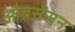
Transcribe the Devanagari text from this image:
औबसेंसन